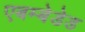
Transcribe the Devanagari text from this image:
एबम्बेडेड